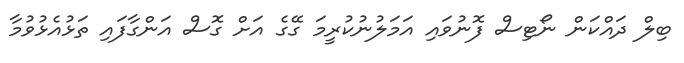
ބިލް ދައްކަން ނޯޓިސް ފޮނުވައި އަަމަލުނުކުރީމަ ގޭގެ އަށް ގޮސް އަންގާފައި ތަޅުއެޅުވުމާ